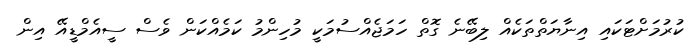
ކުރުމަށްޓަކައި އިނާޔަތްތަކެއް ލިބޭނެ ގޮތް ހަމަޖެއްސުމަކީ މުހިންމު ކަމެއްކަން ވެސް ސީއެމްޑީއޭ އިން